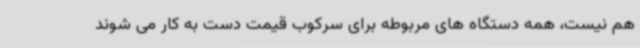
هم نیست، همه دستگاه های مربوطه برای سرکوب قیمت دست به کار می شوند